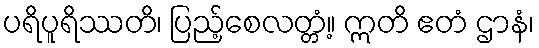
ပရိပူရိဿတိ၊ ပြည့်စေလတ္တံ့။ ဣတိ ဧတံ ဌာနံ၊